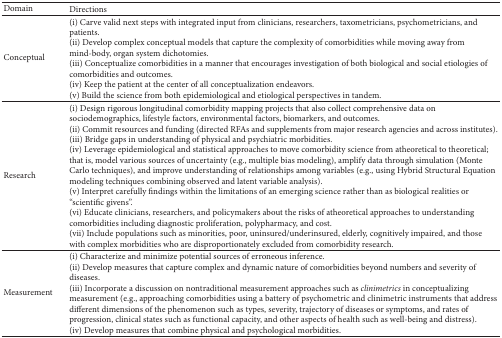
<table><thead><tr><td><b>Domain</b></td><td><b>Directions </b></td></tr></thead><tbody><tr><td>Conceptual</td><td>(i) Carve valid next steps with integrated input from clinicians, researchers, taxometricians, psychometricians, and patients. (ii) Develop complex conceptual models that capture the complexity of comorbidities while moving away from mind-body, organ system dichotomies. (iii) Conceptualize comorbidities in a manner that encourages investigation of both biological and social etiologies of comorbidities and outcomes.(iv) Keep the patient at the center of all conceptualization endeavors. (v) Build the science from both epidemiological and etiological perspectives in tandem.</td></tr><tr><td>Research </td><td>(i) Design rigorous longitudinal comorbidity mapping projects that also collect comprehensive data on sociodemographics, lifestyle factors, environmental factors, biomarkers, and outcomes. (ii) Commit resources and funding (directed RFAs and supplements from major research agencies and across institutes). (iii) Bridge gaps in understanding of physical and psychiatric morbidities.(iv) Leverage epidemiological and statistical approaches to move comorbidity science from atheoretical to theoretical; that is, model various sources of uncertainty (e.g., multiple bias modeling), amplify data through simulation (Monte Carlo techniques), and improve understanding of relationships among variables (e.g., using Hybrid Structural Equation modeling techniques combining observed and latent variable analysis). (v) Interpret carefully findings within the limitations of an emerging science rather than as biological realities or “scientific givens”.(vi) Educate clinicians, researchers, and policymakers about the risks of atheoretical approaches to understanding comorbidities including diagnostic proliferation, polypharmacy, and cost. (vii) Include populations such as minorities, poor, uninsured/underinsured, elderly, cognitively impaired, and those with complex morbidities who are disproportionately excluded from comorbidity research. </td></tr><tr><td>Measurement </td><td>(i) Characterize and minimize potential sources of erroneous inference.(ii) Develop measures that capture complex and dynamic nature of comorbidities beyond numbers and severity of diseases. (iii) Incorporate a discussion on nontraditional measurement approaches such as <i>clinimetrics</i> in conceptualizing measurement (e.g., approaching comorbidities using a battery of psychometric and clinimetric instruments that address different dimensions of the phenomenon such as types, severity, trajectory of diseases or symptoms, and rates of progression, clinical states such as functional capacity, and other aspects of health such as well-being and distress).(iv) Develop measures that combine physical and psychological morbidities.</td></tr></tbody></table>